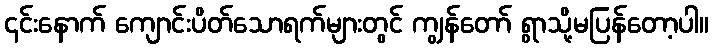
၎င်းနောက် ကျောင်းပိတ်သောရက်များတွင် ကျွန်တော် ရွာသို့မပြန်တော့ပါ။